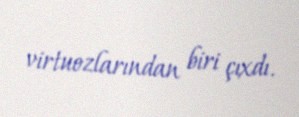
virtuozlarından biri çıxdı.